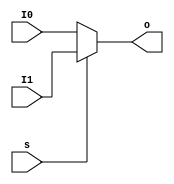
`timescale 1ns / 1ps
//////////////////////////////////////////////////////////////////////////////////
// Company: 
// Engineer: 
// 
// Design Name: 
// Module Name: MUX2T1_32
// Project Name: 
// Target Devices: 
// Tool Versions: 
// Description: 
// 
// Dependencies: 
// 
// Revision:
// Revision 0.01 - File Created
// Additional Comments:
// 
//////////////////////////////////////////////////////////////////////////////////


module MUX2T1_32(
    input [31:0]I0,
    input [31:0]I1,
    input s,
    output [31:0]o
    );
    
    assign o = s?I1:I0;
endmodule